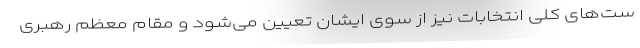
ست‌های کلی انتخابات نیز از سوی ایشان تعیین می‌شود و مقام معظم رهبری